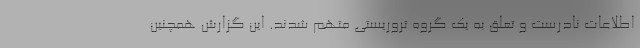
اطلاعات نادرست و تعلق به یک گروه تروریستی متهم شدند. این گزارش همچنین